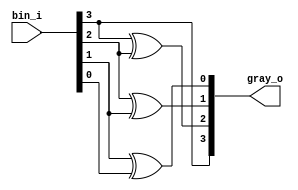
`timescale 1ns / 1ps
//////////////////////////////////////////////////////////////////////////////////
// Company: -
// 
// Design Name: Binary to gray converter
// Module Name: gray_conv
// Project Name: Binary to gray converter
// Target Devices: 
// Tool Versions: 
// Description: 
// 
// Dependencies: 
// 
// Revision:
// Revision 0.01 - File Created
// Additional Comments:
// 
//////////////////////////////////////////////////////////////////////////////////


module gray_conv #(
    parameter wrd_len = 4
)(
    input wire [wrd_len -1:0] bin_i,
    output wire [wrd_len -1:0] gray_o
    );
    assign gray_o[wrd_len-1] = bin_i[wrd_len-1];
    genvar i;
    for(i = wrd_len-2; i>=0; i=i-1)
        assign gray_o[i]=bin_i[i+1] ^ bin_i[i];
    
endmodule